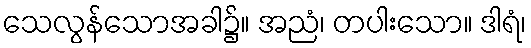
သေလွန်သောအခါ၌။ အညံ၊ တပါးသော။ ဒါရံ၊